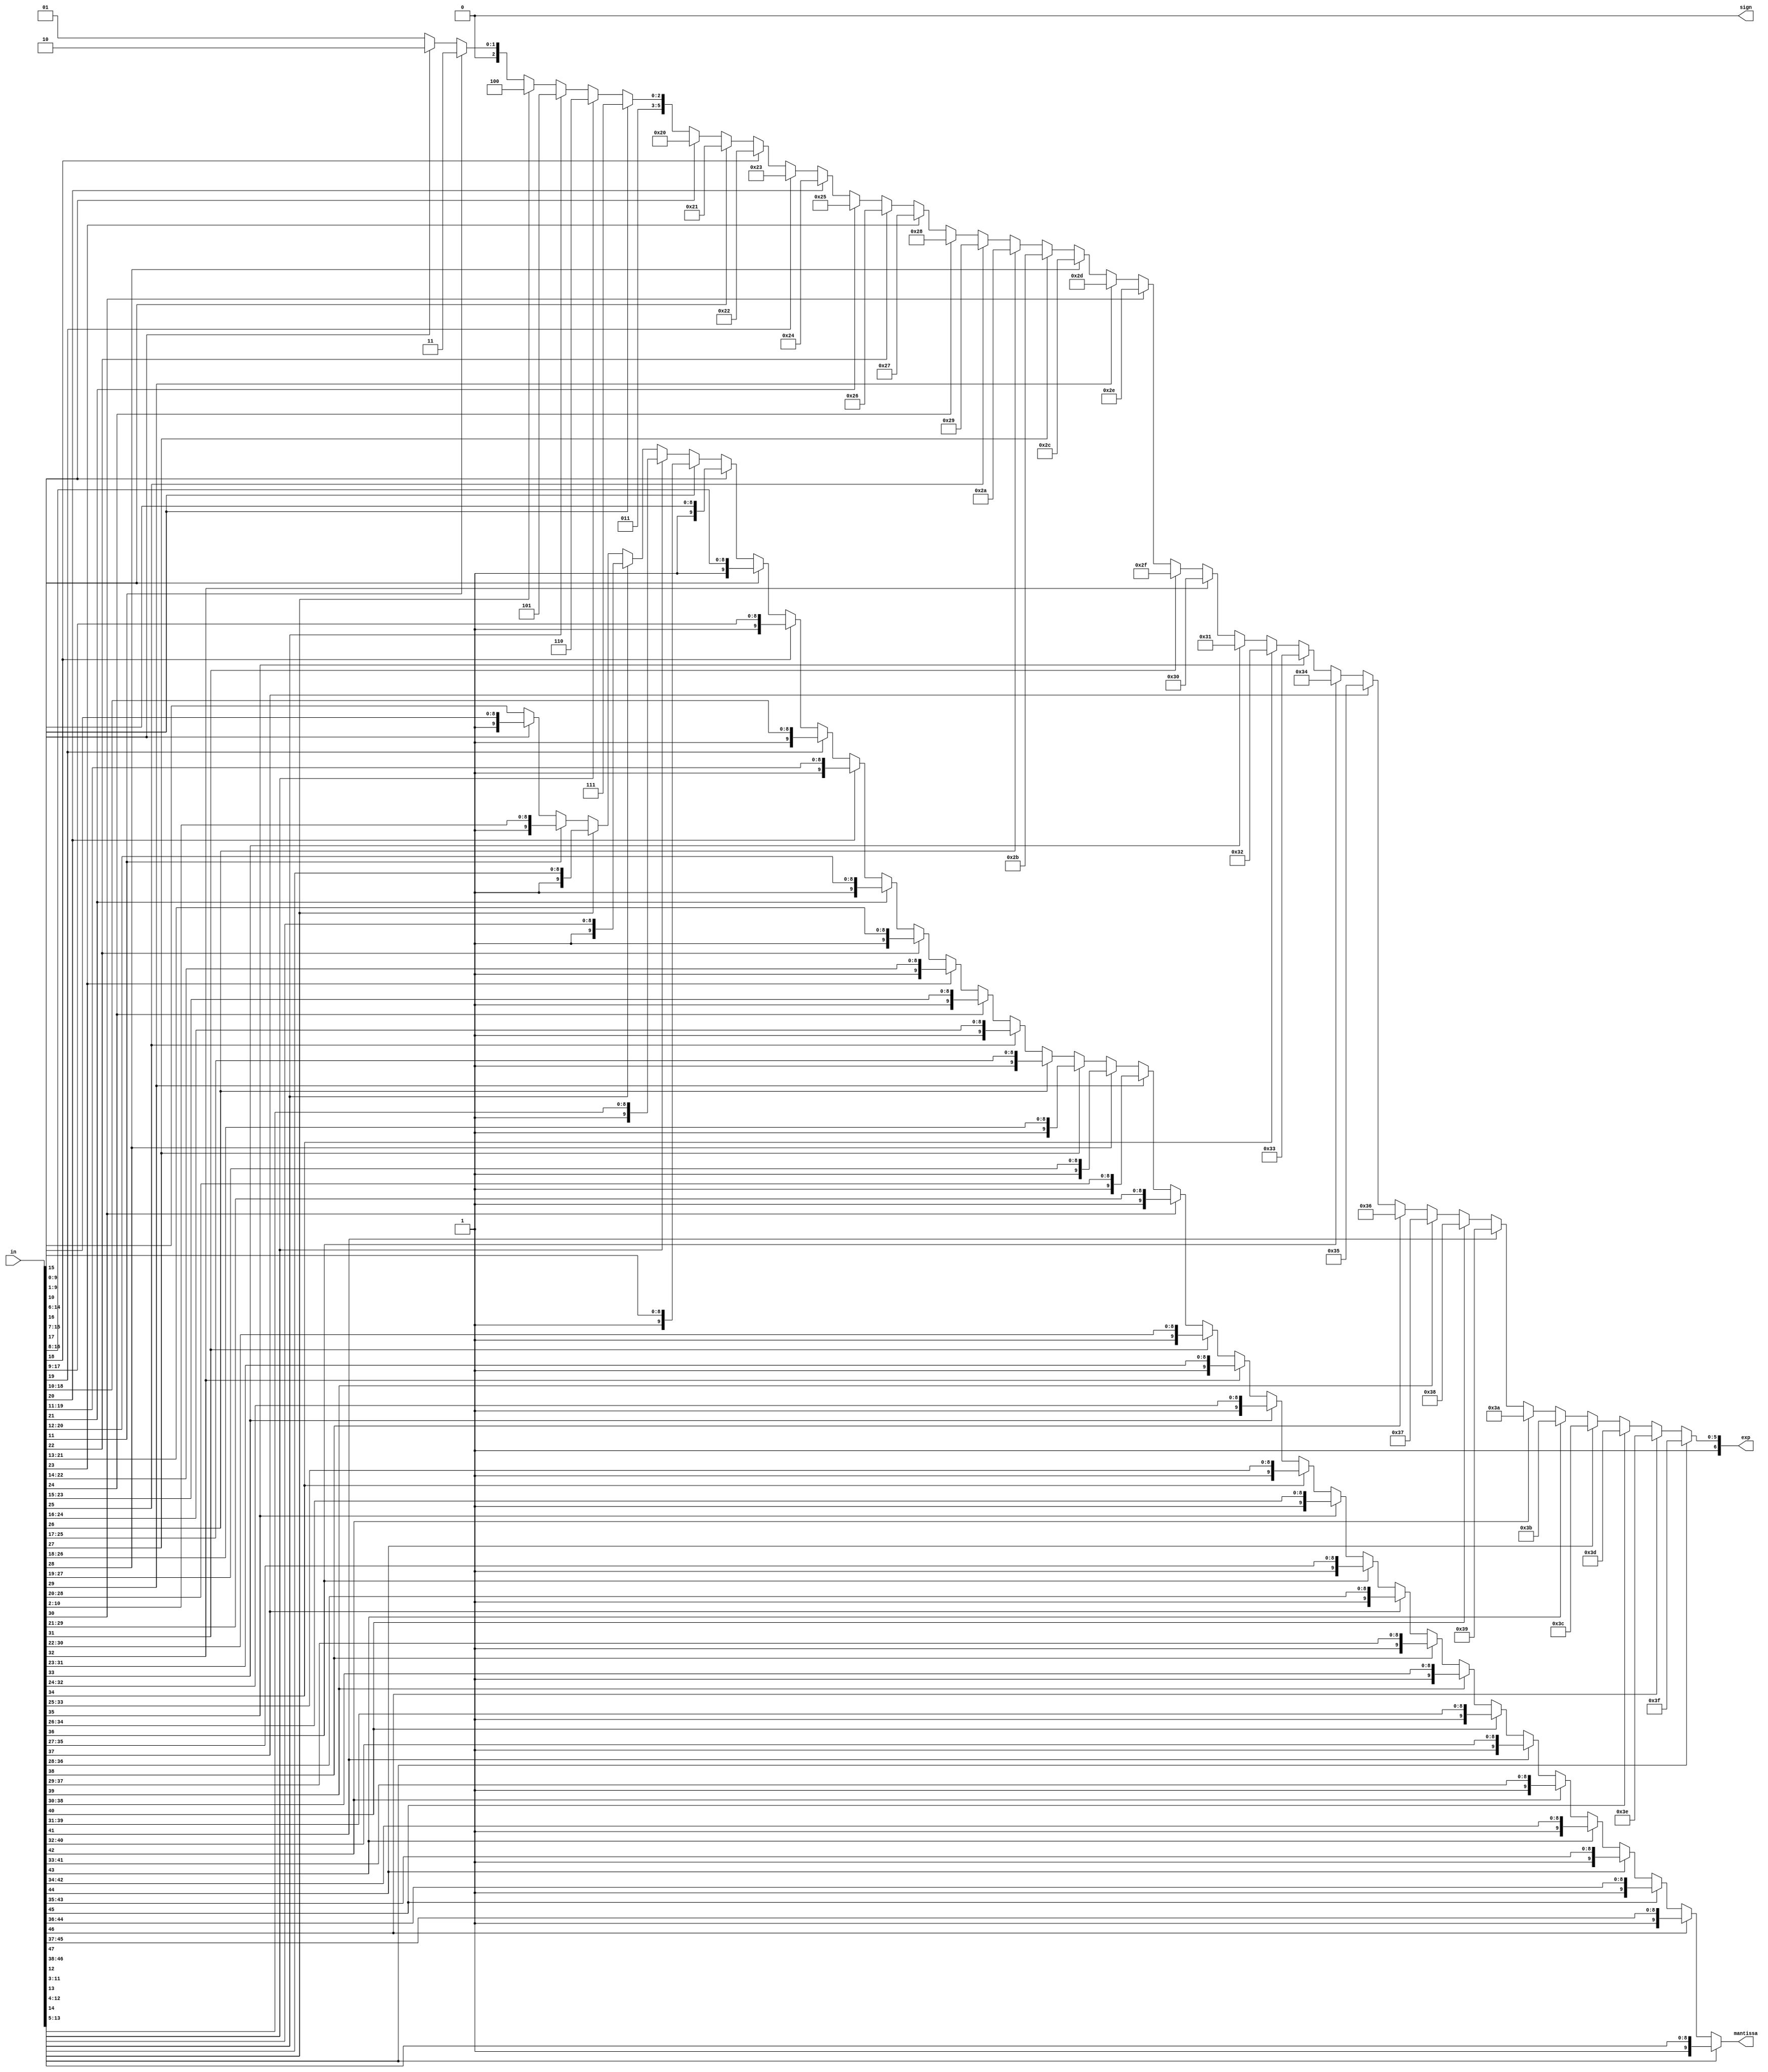
/*
 * Time  : 2020/03/04
 * function: change 48 bits fix number to float  
*/

module FIX_to_FLOAT_48(
    input [47:0] in,
    output sign,
    output reg [6:0] exp,
    output reg [9:0] mantissa
    );
    
    assign sign = 0;
    
    always@(*) begin
        if (in[47]) begin
            mantissa = in[47:47-9];
            exp = -1;
        end
        else if(in[46]) begin
                mantissa = in[46:46-9];
                exp = -2;
        end
        else if(in[45]) begin
                mantissa = in[45:45-9];
                exp = -3;
        end
        else if(in[44]) begin
                mantissa = in[44:44-9];
                exp = -4;
        end
        else if(in[43]) begin
                mantissa = in[43:43-9];
                exp = -5;
        end
        else if(in[42]) begin
                mantissa = in[42:42-9];
                exp = -6;
        end
        else if(in[41]) begin
                mantissa = in[41:41-9];
                exp = -7;
        end
        else if(in[40]) begin
                mantissa = in[40:40-9];
                exp = -8;
        end
        else if(in[39]) begin
                mantissa = in[39:39-9];
                exp = -9;
        end
        else if(in[38]) begin
                mantissa = in[38:38-9];
                exp = -10;
        end
        else if(in[37]) begin
                mantissa = in[37:37-9];
                exp = -11;
        end
        else if(in[36]) begin
                mantissa = in[36:36-9];
                exp = -12;
        end
        else if(in[35]) begin
                mantissa = in[35:35-9];
                exp = -13;
        end
        else if(in[34]) begin
                mantissa = in[34:34-9];
                exp = -14;
        end
        else if(in[33]) begin
                mantissa = in[33:33-9];
                exp = -15;
        end
        else if(in[32]) begin
                mantissa = in[32:32-9];
                exp = -16;
        end
        else if(in[31]) begin
                mantissa = in[31:31-9];
                exp = -17;
        end
        else if(in[30]) begin
                mantissa = in[30:30-9];
                exp = -18;
        end
        else if(in[29]) begin
                mantissa = in[29:29-9];
                exp = -19;
        end
        else if(in[28]) begin
                mantissa = in[28:28-9];
                exp = -20;
        end
        else if(in[27]) begin
                mantissa = in[27:27-9];
                exp = -21;
        end
        else if(in[26]) begin
                mantissa = in[26:26-9];
                exp = -22;
        end
        else if(in[25]) begin
                mantissa = in[25:25-9];
                exp = -23;
        end
        else if(in[24]) begin
                mantissa = in[24:24-9];
                exp = -24;
        end
        else if(in[23]) begin
                mantissa = in[23:23-9];
                exp = -25;
        end
        else if(in[22]) begin
                mantissa = in[22:22-9];
                exp = -26;
        end
        else if(in[21]) begin
                mantissa = in[21:21-9];
                exp = -27;
        end
        else if(in[20]) begin
                mantissa = in[20:20-9];
                exp = -28;
        end
        else if(in[19]) begin
                mantissa = in[19:19-9];
                exp = -29;
        end
        else if(in[18]) begin
                mantissa = in[18:18-9];
                exp = -30;
        end
        else if(in[17]) begin
                mantissa = in[17:17-9];
                exp = -31;
        end
        else if(in[16]) begin
                mantissa = in[16:16-9];
                exp = -32;
        end
        else if(in[15]) begin
                mantissa = in[15:15-9];
                exp = -33;
        end
        else if(in[14]) begin
                mantissa = in[14:14-9];
                exp = -34;
        end
        else if(in[13]) begin
                mantissa = in[13:13-9];
                exp = -35;
        end
        else if(in[12]) begin
                mantissa = in[12:12-9];
                exp = -36;
        end
        else if(in[11]) begin
                mantissa = in[11:11-9];
                exp = -37;
        end
        else if(in[10]) begin
                mantissa = in[10:10-9];
                exp = -38;
        end
        else begin
            mantissa = in[9:9-9];
            exp = -39;
        end
    end
   
endmodule